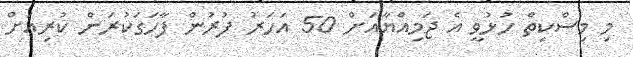
މި މިސްކިތް ހުޅުވީ އެ ޖަމިއްޔާއަށް 50 އަހަރު ފުރުން ފާހަގަކުރަން ކުރިއަށް